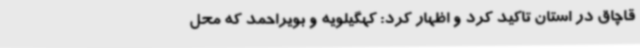
قاچاق در استان تاکید کرد و اظهار کرد: کهگیلویه و بویراحمد که محل